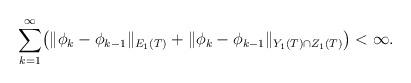
LaTeX: \begin{align*} \sum_{k=1}^{\infty}\bigl(\|\phi_k - \phi_{k-1}\|_{E_1(T)}+ \|\phi_k - \phi_{k-1}\|_{Y_1(T)\cap Z_1(T)}\bigr) < \infty.\end{align*}